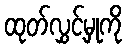
ထုတ်လွှင့်မှုကို